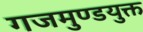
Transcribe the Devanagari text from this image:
गजमुण्डयुक्त